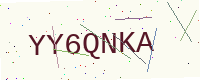
Text: YY6QNKA